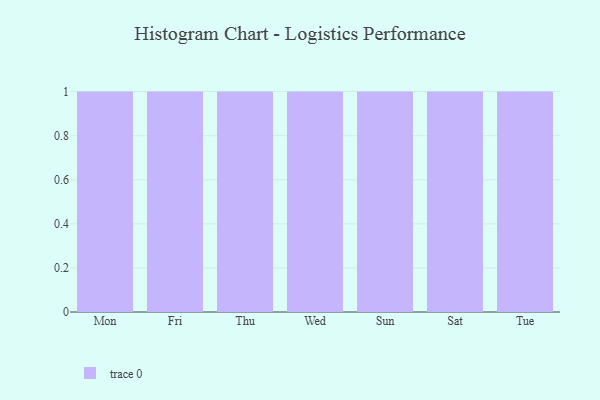
{"axis": {"x": "Day", "y": "Gross Profit (USD K)"}, "legend": [""], "data": [{"x": "Mon", "y": 30, "type": ""}, {"x": "Fri", "y": 26, "type": ""}, {"x": "Thu", "y": 86, "type": ""}, {"x": "Wed", "y": 91, "type": ""}, {"x": "Sun", "y": 24, "type": ""}, {"x": "Sat", "y": 85, "type": ""}, {"x": "Tue", "y": 72, "type": ""}]}